Report on sanitation, dispensaries, and jails in Rajputana for 1914, and on vaccination for the year 1914-1915 - 1914-1915
Year: 1914
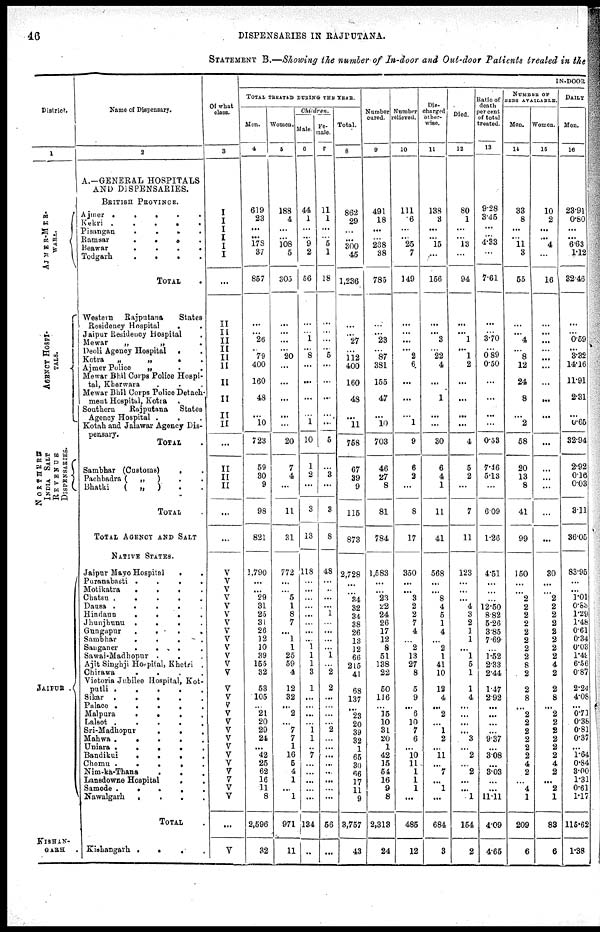
46
DISPENSARIES IN RAJPUTANA.
STATEMENT B.—Showing the number of In-door and Out-door Patients treated in the
District.
1
AJMER-MER-
WARA.
AGENCY HOSPI-
----.
NORTHERN
INDIA SALT
REVENUE
DISPENSARIES.
JAIPUR .
KISHAN-
GARH
.
Name of Dispensary.
2
A.—GENERAL HOSPITALS
AND DISPENSARIES.
BRITISH PROVINCE.
Ajmer .
.
.
.
.
Kekri
.
.
.
.
.
Pisangan
.
. . .
Ramsar
.
.
.
.
Beawar
.
.
.
.
Todgarh
.
.
.
.
TOTAL .
Western Rajputana States
Residency Hospital . .
Jaipur Residency Hospital .
Mewar
„
„
.
Deoli Agency Hospital . .
Kotra
„
„
.
.
Ajmer Police „ . .
Mewar Bhil Corps Police Hospi-
tal, Kherwara . .
Mewar Bhil Corps Police Detach-
ment Hospital, Kotra
.
Southern
Rajputana
States
Agency Hospital .
.
Kotah and Jalawar Agency Dis-
pensary.
TOTAL .
Sambhar (Customs)
. .
Pachbadra (
„
) . .
Bhatki
(
„
)
. .
TOTAL .
TOTAL AGENCY AND SALT
NATIVE STATES.
Jaipur Mayo Hospital
. .
Puranabasti
.
. . .
Motikatra
.
.
.
.
Chatsu .
.
.
.
.
Dausa .
.
.
.
.
Hindaun
.
.
.
.
Jhunjhunu
.
.
. .
Gungapur
.
. . .
.
Sambhar
.
.
.
.
.
Sanganer
.
. . . .
Sawai-Madhopur .
. .
Ajit Singhji Hospital, Khetri .
Chirawa
. . . .
Victoria Jubilee Hospital, Kot-
putli .
.
.
. .
Sikar .
.
.
. .
Palace .
.
. . .
Malpura
.
.
.
.
Lalsot
.
.
.
. .
Sri-Madhopur
.
. .
Mahwa
.
.
.
.
.
Uniara .
.
.
.
.
Bandikui
.
.
.
.
Chomu
.
.
. . .
Nim-ka-Thana
.
. .
Lansdowne Hospital . .
Samode .
.
.
.
.
Nawalgarh . . . .
TOTAL .
Kishangarh .
.
.
.
Of what
class.
3
I
I
I
I
I
I
...
II
II
II
II
II
II
II
II
II
II
...
II
II
II
...
...
V
V
V
V
V
V
V
V
V
V
V
V
V
V
V
V
V
V
V
V
V
V
V
V
V
V
V
...
V
IN-DOOR
TOTAL TREATED DURING THE YEAR.
Men.
4
619
23
...
...
178
37
857
...
...
26
...
79
400
160
48
...
10
723
59
30
9
98
821
1,790
...
...
29
31
25
31
26
12
10
39
155
32
53
105
...
21
20
29
24
...
42
25
62
16
11
8
2,596
32
Women.
5
188
4 ...
...
108
5
305
...
...
...
...
20
...
...
...
...
...
20
7
4
...
11
31
772
...
...
5
1
8
7
...
1
1
25
59
4
12
32
...
2
...
7
7
1
16
5
4
1
...
1
971
11
Children.
Male.
6
44
1 ...
...
9 2
56
...
...
1
...
8
...
...
...
...
1
10
1
2
...
3
13
118
...
...
...
...
...
...
...
...
1
1
1
3
1
...
...
...
...
1
1
...
7
...
...
...
...
...
134
...
Fe¬
male.
7
11
1 ...
...
5 1
18
...
...
...
...
5
...
...
...
...
...
5
...
3
...
3
8
48
...
...
...
...
1
...
...
...
...
1
...
2
2
...
...
...
...
2
...
...
...
...
...
...
...
...
56
...
Total.
8
862
29
...
...
300
45
1,236
...
...
27
...
112
400
160
48
...
11
758
67
39
9
115
873
2,728
...
...
34
32
34
38
26
13
12
66
215
41
68
137
...
23
20
39
32
1
65
30
66
17
11
9
3,757
43
Number
cured.
9
491
18 ...
...
238
38
785
...
...
23
...
87
381
155
47
...
10
703
46
27
8
81
784
1,583
...
...
23
22
24
26
17
12
8
51
138
22
50
116
...
15
10
31
20
1
42
15
54
16
9
8
2,313
24
Number
relieved.
10
111
6 ...
...
25
7
149
...
...
...
...
2
6
...
...
...
1
9
6
2
...
8
17
350
...
...
3
2
2
7
4
...
2
13
27
8
5
9
...
6
10
7
6
...
10
11
1
1
1
...
485
12
Dis-
charged
other-
wise.
11
138
3 ...
...
15
...
156
...
...
3
...
22
4
...
1
...
...
30
6
4
1
11
41
568
...
...
8
4
5
1
4
...
2
1
41
10
12
4
...
2
...
1
2
...
11
...
7
...
1
...
684
3
Died.
12
80
1 ...
...
13
...
94
...
...
1
...
1
2
...
...
...
...
4
5
2
...
7
11
123
...
...
...
4
3
2
1
1
...
1
5
1
1
4
...
...
...
...
3
...
2
...
2
...
...
1
154
2
Ratio of
death
per cent
of total
treated.
13
9.28
3.45
...
...
4.33
...
7.61
...
...
3.70
...
0.89
0.50
...
...
...
...
0.53
7.46
5.13
...
6.09
1.26
4.51
...
...
...
12.50
8.82
5.26
3.85
7.69
...
1.52
2.33
2.44
1.47
2.92
...
...
...
...
9.37
...
3.08
...
3.03
...
...
11.11
4.09
4.65
NUMBER OF
BEDS AVAILABLE.
Men.
14
33
8 ...
...
11
3
55
...
...
4
...
8
12
24
8
...
2
58
20
13
8
41
99
150
...
...
2
2
2
2
2
2
2
2
8
2
2
8
...
2
2
2
2
2
2
4
2
...
4
1
209
6
Women.
15
10
2 ...
...
4
...
16
...
...
...
...
...
...
...
...
...
...
...
...
...
...
...
...
30
...
...
2
2
2
2
2
2
2
2
4
2
2
8
...
2
2
2
2
2
2
4
2
...
2
1
83
6
DAILY
Men.
16
23.91
0.80 ...
...
6.63
1.12
32.46
...
...
0.59
...
3.32
14.16
11.91
2.31
...
0.65
32.94
2.92
0.16
0.03
3.11
36.05
83.95
...
...
1.01
0.83
1.29
1.48
0.61
0.34
0.03
1.49
6.56
0.87
2.24
4.08
...
0.71
0.38
0.81
0.37
...
1.64
0.84
3.00
1.31
0.61
1.17
115.62
1.38